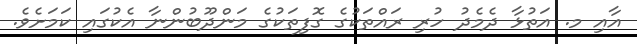
އާއި މ. އަތުޅާ ދެމެދު ހުރި ރައްތަކުގެ ގޮފިތަކުގެ މަންދޫބުންނާ އެކުގައި ކަމަށެވެ.